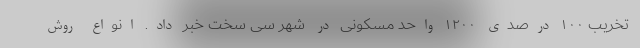
تخریب ۱۰۰ درصدی ۱۲۰۰ واحد مسکونی در شهر سی سخت خبر داد. انواع روش